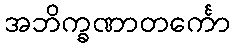
အဘိက္ခဏာတင်္ကော